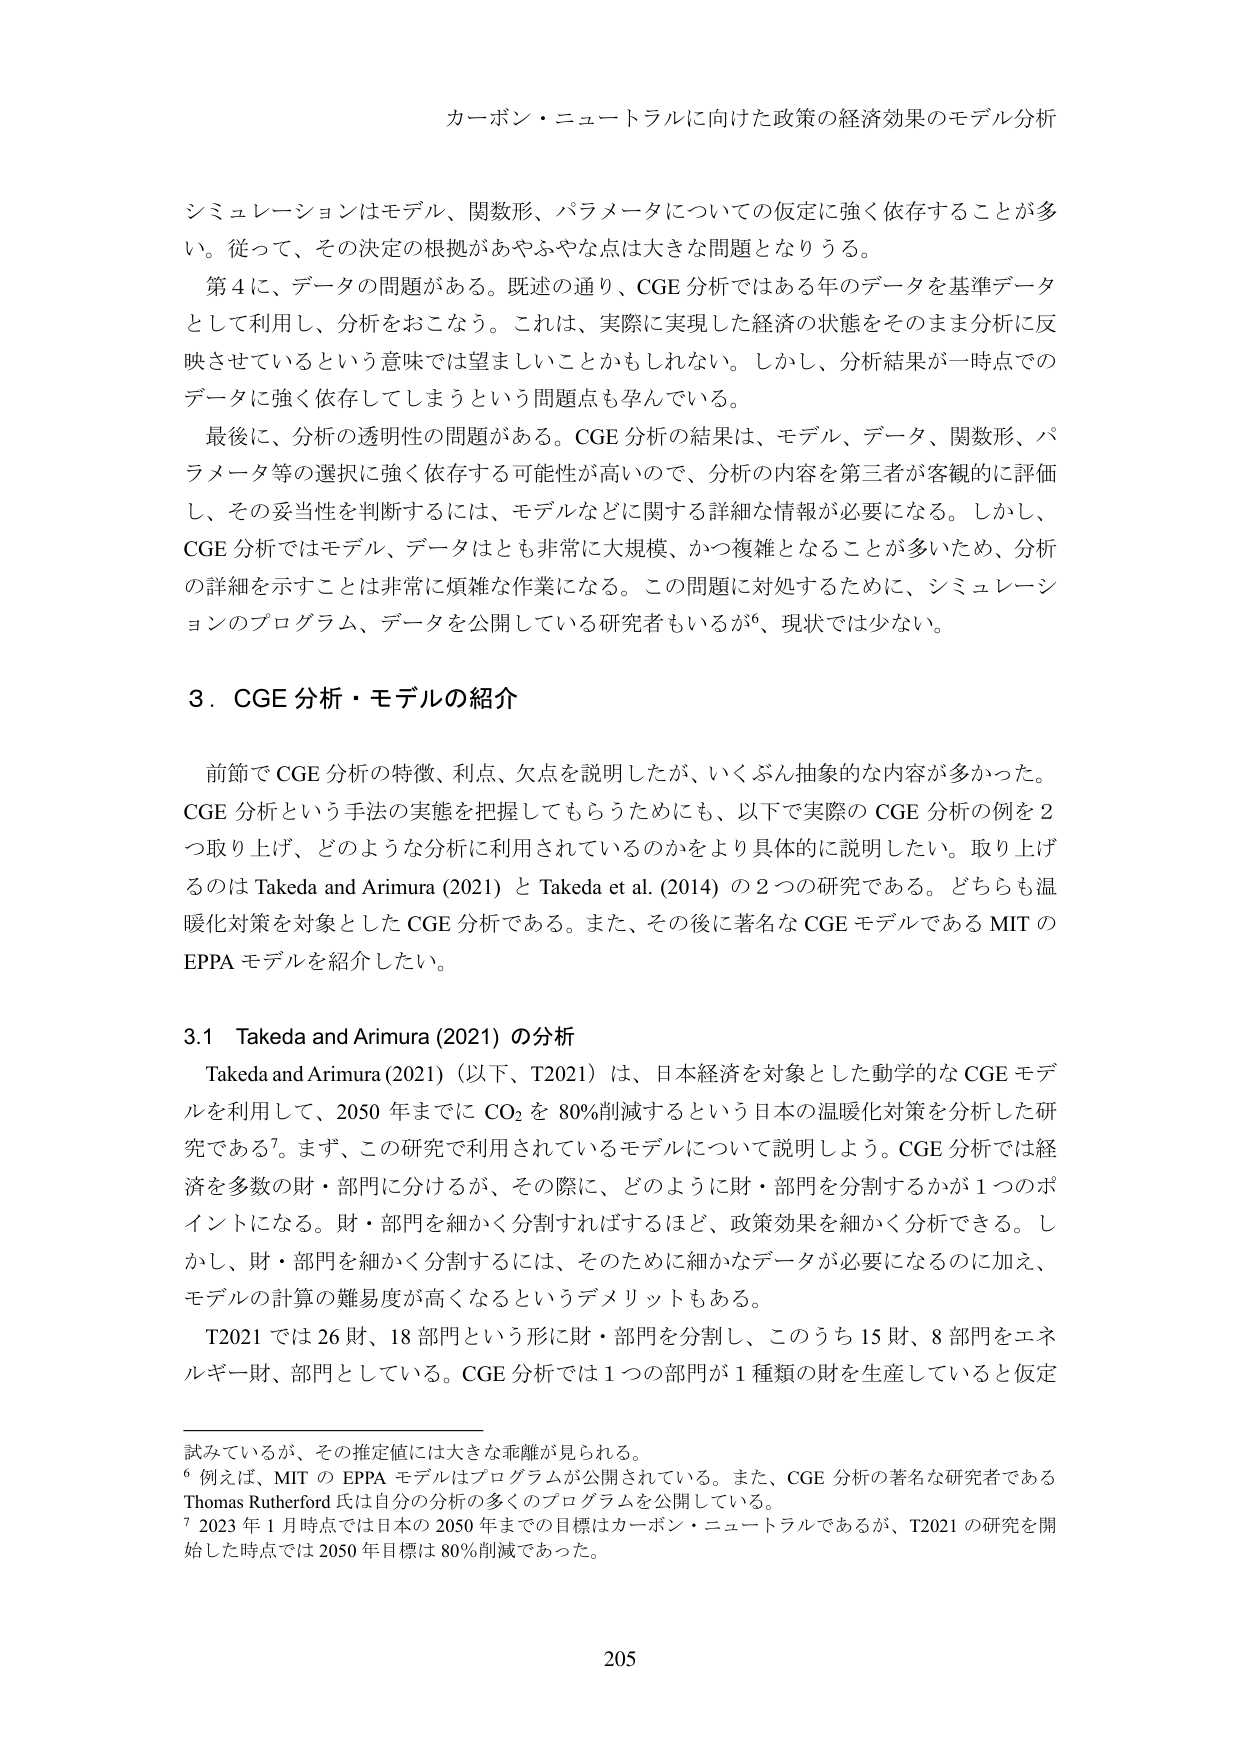
カーボン・ニュートラルに向けた政策の経済効果のモデル分析

シミュレーションはモデル、関数形、パラメータについての仮定に強く依存することが多い。従って、その決定の根拠があやふやな点は大きな問題となりうる。

第4に、データの問題がある。既述の通り、CGE分析ではある年のデータを基準データとして利用し、分析をおこなう。これは、実際に実現した経済の状態をそのまま分析に反映させているという意味では望ましいことかもしれない。しかし、分析結果が一時点でのデータに強く依存してしまうという問題点も孕んでいる。

最後に、分析の透明性の問題がある。CGE分析の結果は、モデル、データ、関数形、パラメータ等の選択に強く依存する可能性が高いので、分析の内容を第三者が客観的に評価し、その妥当性を判断するには、モデルなどに関する詳細な情報が必要になる。しかし、CGE分析ではモデル、データはとも非常に大規模、かつ複雑となることが多いため、分析の詳細を示すことは非常に煩雑な作業になる。この問題に対処するために、シミュレーションのプログラム、データを公開している研究者もいるが⁶、現状では少ない。

3．CGE分析・モデルの紹介

前節でCGE分析の特徴、利点、欠点を説明したが、いくぶん抽象的な内容が多かった。CGE分析という手法の実態を把握してもらうためにも、以下で実際のCGE分析の例を2つ取り上げ、どのような分析に利用されているのかをより具体的に説明したい。取り上げるのはTakeda and Arimura (2021) と Takeda et al. (2014) の2つの研究である。どちらも温暖化対策を対象としたCGE分析である。また、その後に著名なCGEモデルであるMITのEPPAモデルを紹介したい。

3.1 Takeda and Arimura (2021) の分析

Takeda and Arimura (2021)（以下、T2021）は、日本経済を対象とした動学的なCGEモデルを利用して、2050年までにCO₂を80%削減するという日本の温暖化対策を分析した研究である⁷。まず、この研究で利用されているモデルについて説明しよう。CGE分析では経済を多数の財・部門に分けるが、その際に、どのように財・部門を分割するかが1つのポイントになる。財・部門を細かく分割すればするほど、政策効果を細かく分析できる。しかし、財・部門を細かく分割するには、そのために細かなデータが必要になるのに加え、モデルの計算の難易度が高くなるというデメリットもある。

T2021では26財、18部門という形に財・部門を分割し、このうち15財、8部門をエネルギー財・部門としている。CGE分析では1つの部門が1種類の財を生産していると仮定

試みているが、その推定値には大きな乖離が見られる。

⁶ 例えば、MITのEPPAモデルはプログラムが公開されている。また、CGE分析の著名な研究者であるThomas Rutherford氏は自分の分析の多くのプログラムを公開している。

⁷ 2023年1月時点では日本の2050年までの目標はカーボン・ニュートラルであるが、T2021の研究を開始した時点では2050年目標は80%削減であった。

205